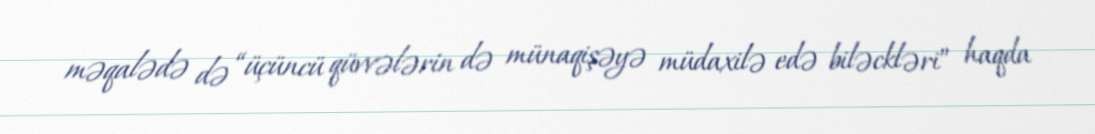
məqalədə də “üçüncü qüvvələrin də münaqişəyə müdaxilə edə biləckləri” haqda